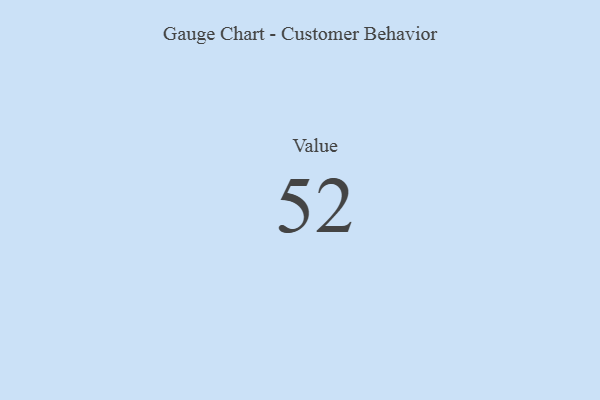
{"axis": {"x": "Metric", "y": "Value"}, "legend": [""], "data": [{"x": "Value", "y": 52, "type": ""}]}